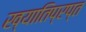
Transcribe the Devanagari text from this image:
ख्यातिप्रप्त